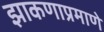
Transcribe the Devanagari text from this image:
झाकणाप्रमाणे